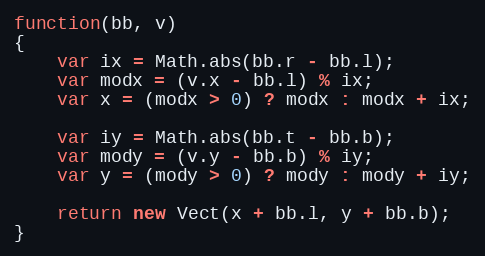
Language: JavaScript
function(bb, v)
{
    var ix = Math.abs(bb.r - bb.l);
    var modx = (v.x - bb.l) % ix;
    var x = (modx > 0) ? modx : modx + ix;

    var iy = Math.abs(bb.t - bb.b);
    var mody = (v.y - bb.b) % iy;
    var y = (mody > 0) ? mody : mody + iy;

    return new Vect(x + bb.l, y + bb.b);
}